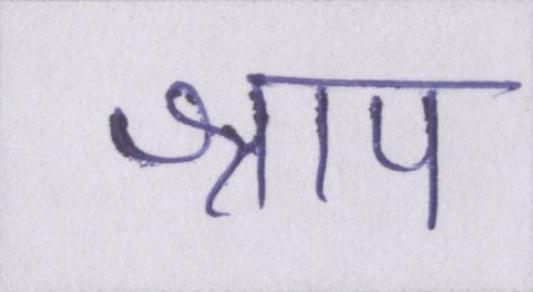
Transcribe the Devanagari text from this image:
श्राप